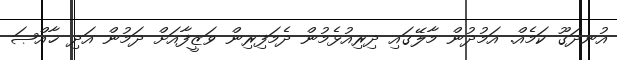
އުނދަގޫ ކަމެއް. އަމުދުން މާލޭގައި ދިރިއުޅެމުން ދެމަފިރިން ވަޒީފާއަށް ދަމުން އަދި ޚާއްޞަ